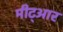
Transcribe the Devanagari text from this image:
मीट्आर